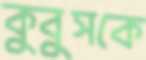
কুবুসকে